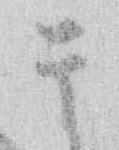
其